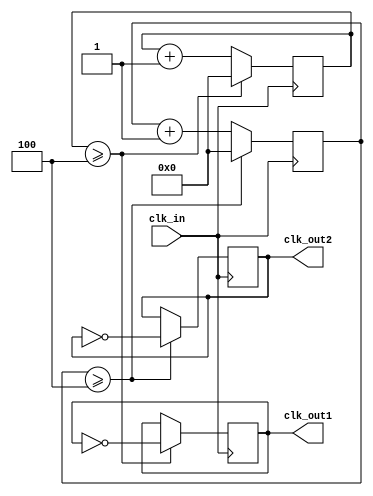
module divider
#(
    parameter   frequency1 = 10'd10,   // clk_out = 50MHz/frequency
    parameter   frequency2 = 10'd10   // clk_out = 50MHz/frequency
)
(
    input   wire    clk_in,
    output  reg     clk_out1,
    output  reg     clk_out2
);
reg [20:0]count1;
reg [20:0]count2;

always@(posedge clk_in)
if(count1 >= (frequency1/2'd2)-1'b1)
    begin
    clk_out1 <= ~clk_out1;
    count1 <= 1'b0;
    end
else
    count1 <= count1 + 1'b1;

always@(posedge clk_in)
if(count2 >= (frequency2/2'd2)-1'b1)
    begin
    clk_out2 <= ~clk_out2;
    count2 <= 1'b0;
    end
else
    count2 <= count2 + 1'b1;
endmodule